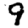
Digit: 9